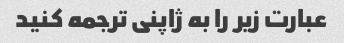
عبارت زیر را به ژاپنی ترجمه کنید